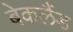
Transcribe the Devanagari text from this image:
बेकलैंड